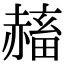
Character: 𧹴